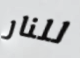
للنار